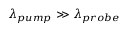
\lambda _ { p u m p } \gg \lambda _ { p r o b e }